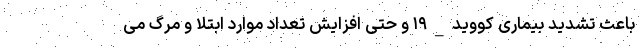
باعث تشدید بیماری کووید_۱۹ و حتی افزایش تعداد موارد ابتلا و مرگ می